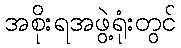
အစိုးရအဖွဲ့ရုံးတွင်